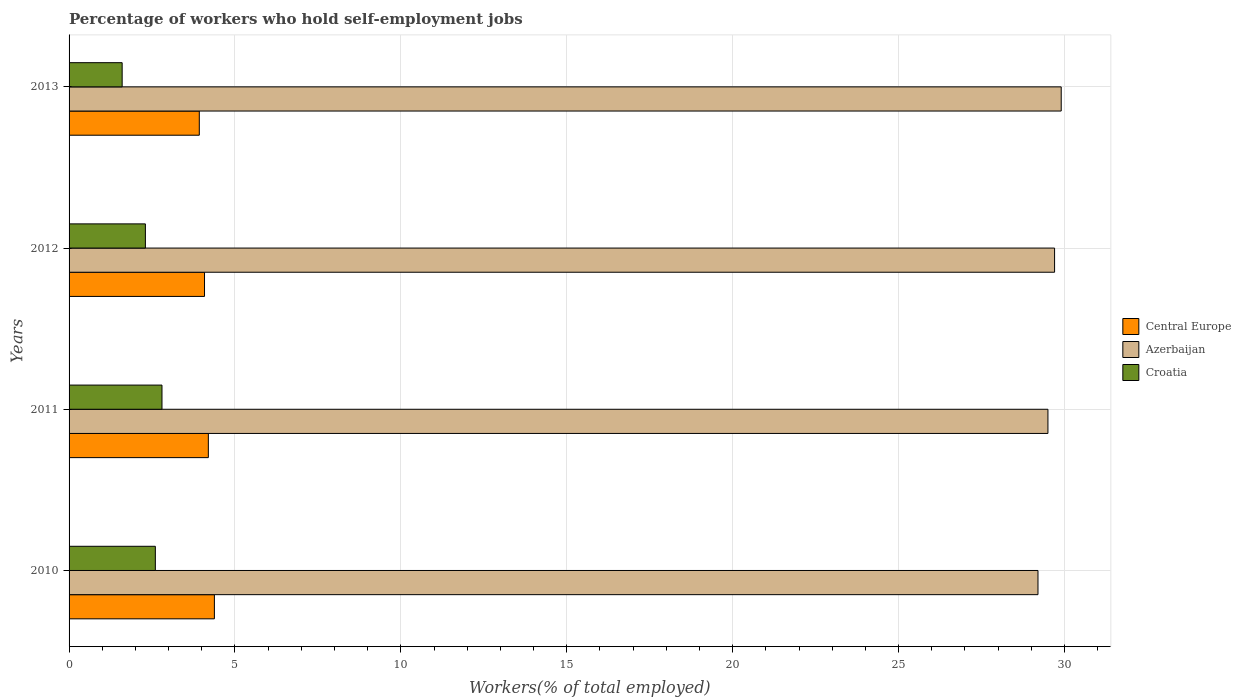
| Years | Central Europe | Azerbaijan | Croatia |
 | --- | --- | --- | --- |
 | 2010 | 4.38 | 29.2 | 2.6 |
 | 2011 | 4.2 | 29.5 | 2.8 |
 | 2012 | 4.08 | 29.7 | 2.3 |
 | 2013 | 3.92 | 29.9 | 1.6 |